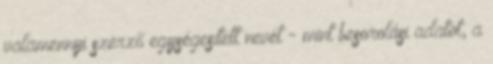
valamennyi szerző egységesített nevét - mint besorolási adatot, a